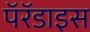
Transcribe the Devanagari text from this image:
पॅरॅडाइस